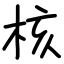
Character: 核